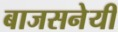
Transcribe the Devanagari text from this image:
बाजसनेयी